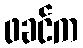
ဖခင်က